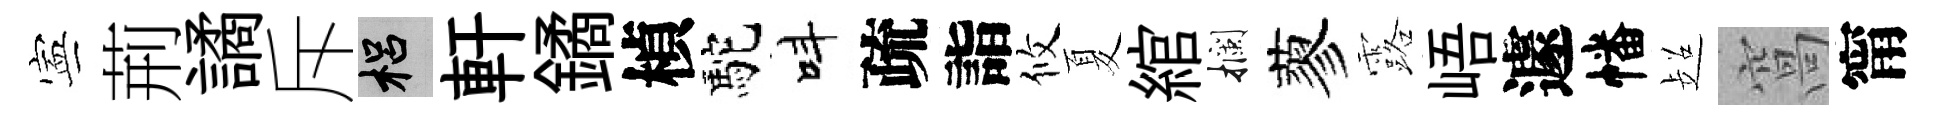
寕荊譎斥梠軒鐍楨駝呌疏詣攸夏綰攔蓼露峿遽幡超窩甯